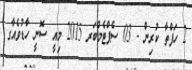
2 ހަފްތާ ކުރިން - 03 ސެޕްޓެމްބަރ 2015 މިއީ ސޮނީ ހާޑުވެއާގ